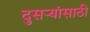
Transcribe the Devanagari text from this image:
दुसऱ्यांसाठी